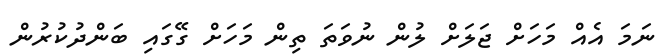
ނަމަ އެއް މަހަށް ޖަލަށް ލުން ނުވަތަ ތިން މަހަށް ގޭގައި ބަންދުކުރުން